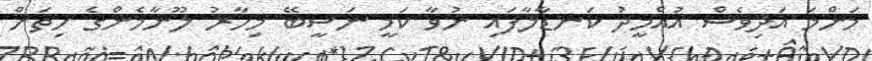
މަންމަ އަދިވެސް އުއްމީދު ކަނޑާލާފައި ނުވާ ކަމީ ނަސީބޭ މިހާރު ލޫނާމެންގެ ހިތަށް